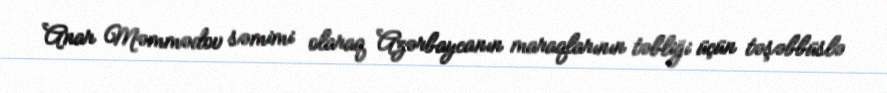
Anar Məmmədov səmimi olaraq Azərbaycanın maraqlarının təbliği üçün təşəbbüslə